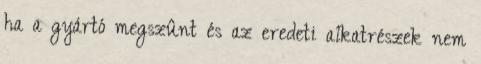
ha a gyártó megszûnt és az eredeti alkatrészek nem